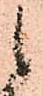
候